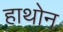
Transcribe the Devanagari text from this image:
हाथोन